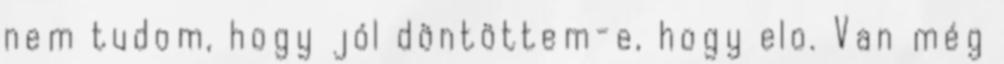
nem tudom, hogy jól döntöttem-e, hogy elo. Van még